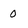
Character: 0